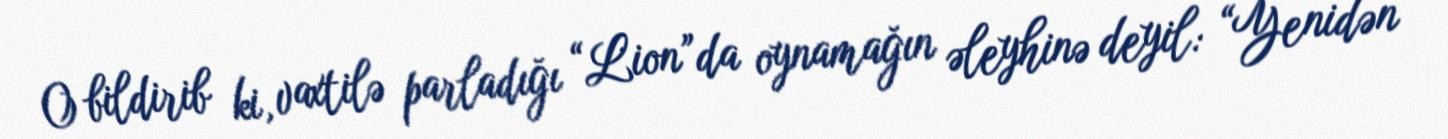
O bildirib ki, vaxtilə parladığı “Lion”da oynamağın əleyhinə deyil: “Yenidən